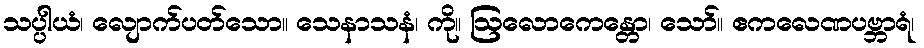
သပ္ပါယံ၊ လျောက်ပတ်သော။ သေနာသနံ၊ ကို။ ဩလောကေန္တော၊ သော်။ ဧကလေဏပဗ္ဘာရံ၊